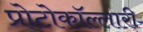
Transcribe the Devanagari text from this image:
प्रोटोकॉल्लारी